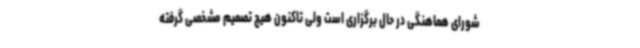
شورای هماهنگی در حال برگزاری است ولی تاکنون هیچ تصمیم مشخصی گرفته